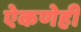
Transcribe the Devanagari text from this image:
ऐकणेही